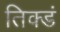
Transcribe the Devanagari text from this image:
तिक्डं